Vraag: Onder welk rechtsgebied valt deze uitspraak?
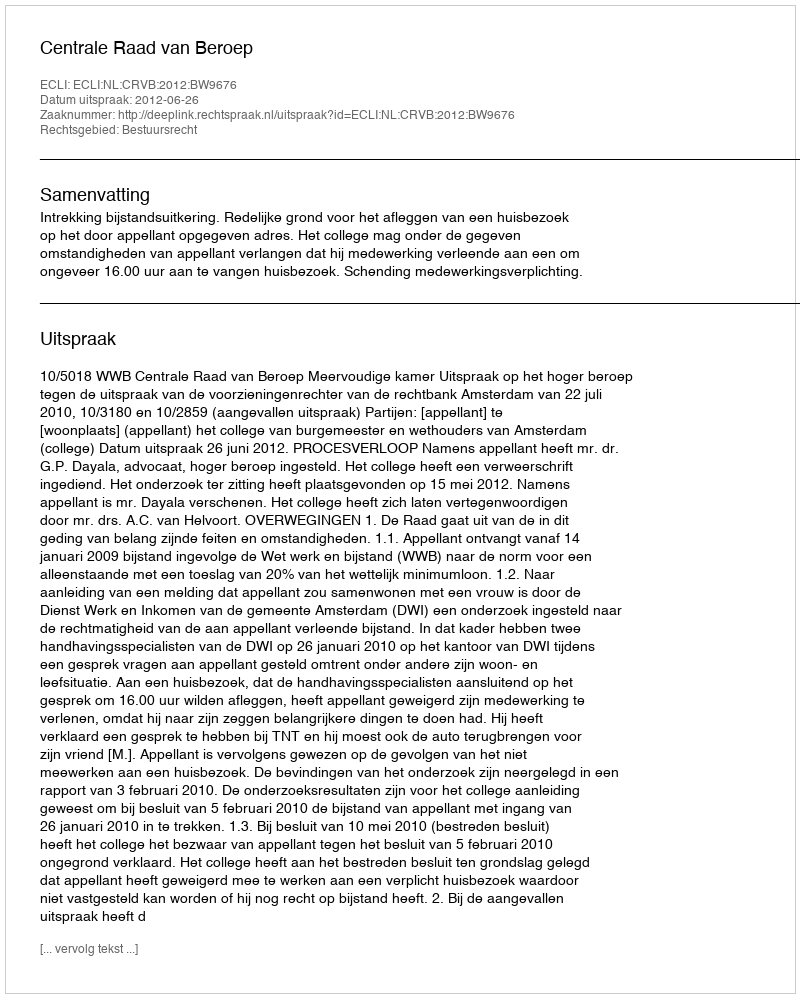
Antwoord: Bestuursrecht